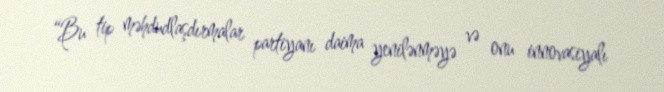
“Bu tip məhdudlaşdırmalar partiyanı daima yenilənməyə və onu innovasiyalı